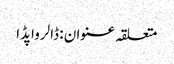
متعلقہ عنوان : ڈالرواپڈا